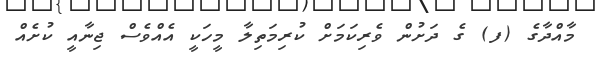
މާއްދާގެ (ފ) ގެ ދަށުން ވެރިކަމަށް ކުރިމަތިލާ މީހަކީ އެއްވެސް ޖިނާއީ ކުށެއް